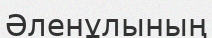
Әленұлының